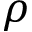
\rho